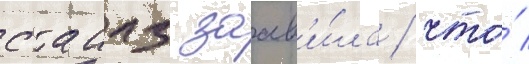
стаилз заав'и́ла / что́